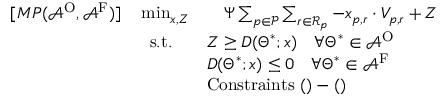
\begin{array} { r l } { [ M P ( \mathcal { A } ^ { \mathrm { O } } , \mathcal { A } ^ { \mathrm { F } } ) ] \quad \operatorname* { m i n } _ { \boldsymbol { x } , Z } } & { \quad \Psi \sum _ { p \in \mathcal { P } } \sum _ { r \in \mathcal { R } _ { p } } - x _ { p , r } \cdot V _ { p , r } + Z } \\ { \mathrm { s . t . } \quad } & { Z \geq D ( \boldsymbol { \Theta } ^ { * } ; \boldsymbol { x } ) \quad \forall \boldsymbol { \Theta } ^ { * } \in \mathcal { A } ^ { \mathrm { O } } } \\ & { D ( \boldsymbol { \Theta } ^ { * } ; \boldsymbol { x } ) \leq 0 \quad \forall \boldsymbol { \Theta } ^ { * } \in \mathcal { A } ^ { \mathrm { F } } } \\ & { \mathrm { C o n s t r a i n t s ~ } ( ) - ( ) } \end{array}